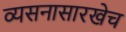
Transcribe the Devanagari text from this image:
व्यसनासारखेच